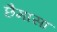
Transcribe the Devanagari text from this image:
छैमासा